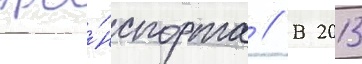
тра́нспорта // В 2013